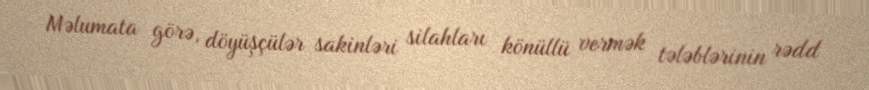
Məlumata görə, döyüşçülər sakinləri silahları könüllü vermək tələblərinin rədd